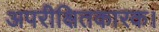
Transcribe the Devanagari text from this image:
अपरीक्षितकारक।